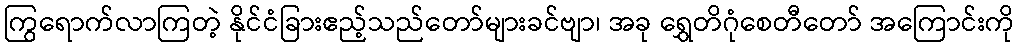
ကြွရောက်လာကြတဲ့ နိုင်ငံခြားဧည့်သည်တော်များခင်ဗျာ၊ အခု ရွှေတိဂုံစေတီတော် အကြောင်းကို